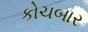
કોચબાર